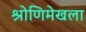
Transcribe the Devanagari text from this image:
श्रोणिमेखला